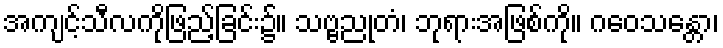
အကျင့်သီလကိုဖြည့်ခြင်း၌။ သဗ္ဗညုတံ၊ ဘုရားအဖြစ်ကို။ ဂဝေသန္တော၊